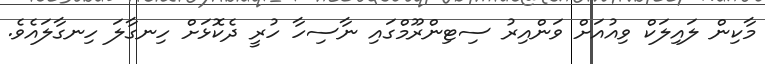
މާކިން ލައިލަކް ވިއުއަށް ވަންއިރު ސިޓިންރޫމްގައި ނާސިހާ ހުރީ ދެކޮޅަށް ހިނގާލަ ހިނގާލައެވެ.